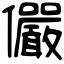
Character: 儼